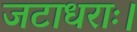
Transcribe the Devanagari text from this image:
जटाधराः।